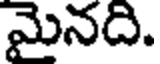
మైనది.